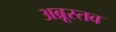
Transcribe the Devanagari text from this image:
अब्रूस्तव